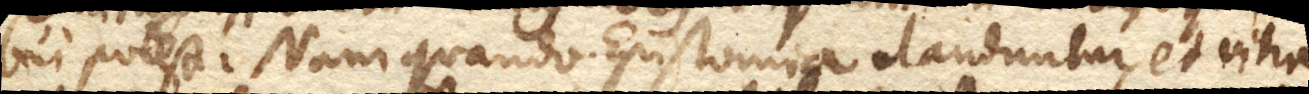
bui potest. Nam quando Epistomia clauduntur, et vitra